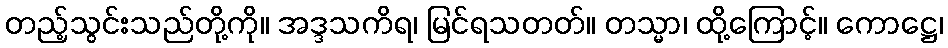
တည့်သွင်းသည်တို့ကို။ အဒ္ဒသကိရ၊ မြင်ရသတတ်။ တသ္မာ၊ ထို့ကြောင့်။ ကောဋ္ဌေ၊